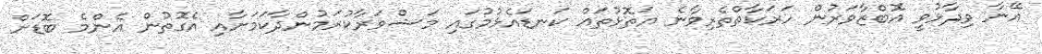
އޭނާ ވިދާޅުވީ އޮބްޒާވަރުން ހަރަކާތްތެރިވާނެ އަތޮޅުތައް ކަނޑައެޅުމުގައި މަޝްވަރާކުރަމުންދާކަމަށާއި އެގޮތުން އެންމެ ބޮޑަށް